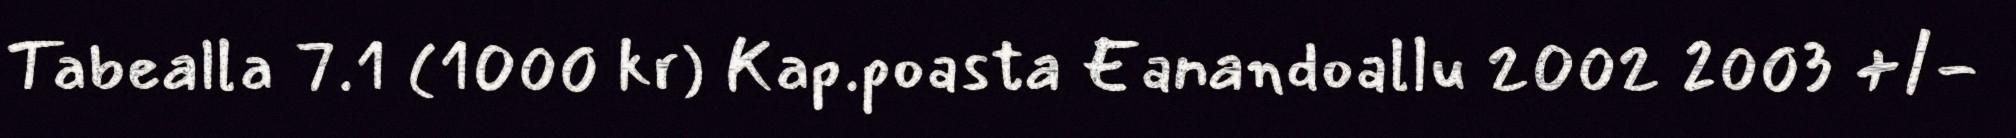
Tabealla 7.1 (1000 kr) Kap.poasta Eanandoallu 2002 2003 +/-